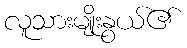
လူသားမျိုးနွယ်၏